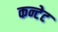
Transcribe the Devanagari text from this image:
कन्टेट